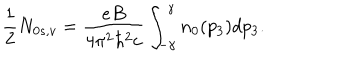
\frac { 1 } { 2 } N _ { 0 s , v } = \frac { e B } { 4 \pi ^ { 2 } \hbar ^ { 2 } c } \int _ { - \gamma } ^ { \gamma } n _ { 0 } ( p _ { 3 } ) d p _ { 3 } .